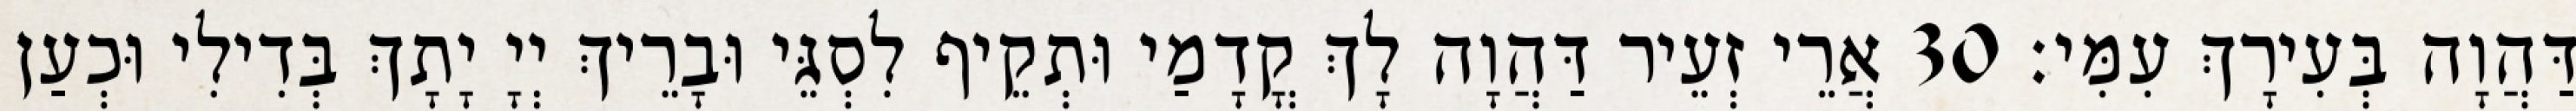
דַּהֲוָה בְּעִירָךְ עִמִּי׃ 30 אֲרֵי זְעֵיר דַּהֲוָה לָךְ קֳדָמַי וּתְקֵיף לִסְגֵּי וּבָרֵיךְ יְיָ יָתָךְ בְּדִילִי וּכְעַן